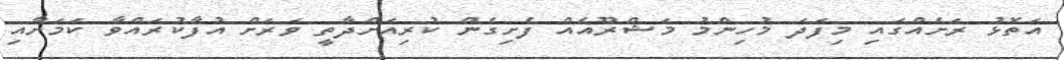
އަތޮޅު ރަށެއްގައި މިފަދަ މުހިންމު މަޝްރޫއެއް ފެށިގެން ކުރިއަށްދާތީ ވަރަށް އުފާކުރައްވާ ކަމަށާއި